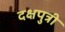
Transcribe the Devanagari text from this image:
दक्षपुत्री